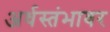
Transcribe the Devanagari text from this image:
अर्धस्तंभावर